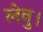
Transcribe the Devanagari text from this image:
लेवु।